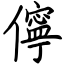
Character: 儜